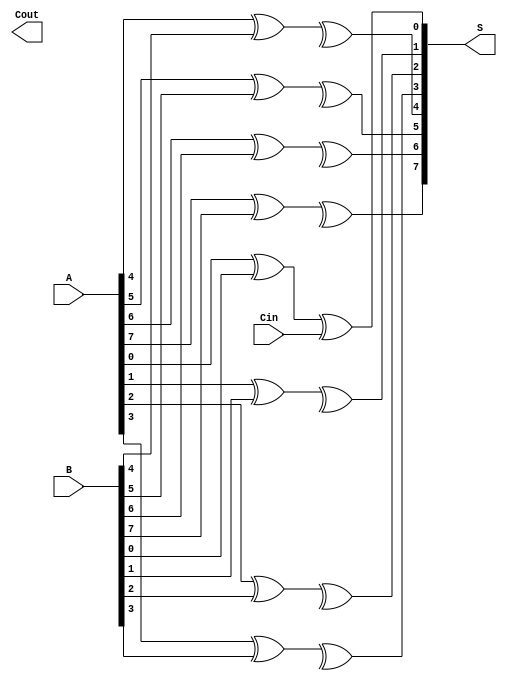
module sklansky_adder #(parameter N = 8) (
    input  wire [N-1:0] A,      // First n-bit input
    input  wire [N-1:0] B,      // Second n-bit input
    input  wire Cin,             // Carry input
    output wire [N-1:0] S,       // n-bit sum output
    output wire Cout             // Carry output
);

    wire [N-1:0] G; // Generate signals
    wire [N-1:0] P; // Propagate signals
    wire [N-1:0] C; // Carry signals

    // Generate and propagate signals
    genvar i;
    generate
        for (i = 0; i < N; i = i + 1) begin : gen_propagate
            assign G[i] = A[i] & B[i]; // Generate
            assign P[i] = A[i] ^ B[i]; // Propagate
        end
    endgenerate

    // Level 1 carry computation
    wire [N-1:0] C1;
    generate
        for (i = 0; i < N; i = i + 1) begin : level1
            assign C1[i] = G[i] | (P[i] & (i == 0 ? Cin : C[i-1])); // Carry from previous level
        end
    endgenerate

    // Level 2 carry computation
    wire [N-1:0] C2;
    generate
        for (i = 0; i < N/2; i = i + 1) begin : level2
            assign C2[i] = G[2*i] | (P[2*i] & C1[i]); // Combining pairs
        end
    endgenerate

    // Higher levels of carry computation (up to log2(N) levels)
    // Continue the tree structure for higher levels if necessary...

    // Final carry output
    assign Cout = C[N-1]; // Final carry out to be defined based on the levels

    // Sum computation
    generate
        for (i = 0; i < N; i = i + 1) begin : sum_compute
            assign S[i] = P[i] ^ (i == 0 ? Cin : C[i-1]); // Sum bits
        end
    endgenerate

endmodule